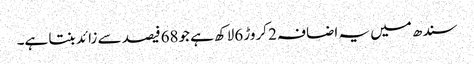
سندھ میں یہ اضافہ 2 کروڑ 6لاکھ ہے جو68فیصد سے زائد بنتا ہے۔